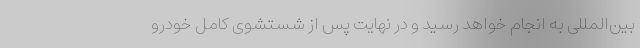
بین‌المللی به انجام خواهد رسید و در نهایت پس از شستشوی کامل خودرو